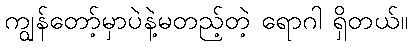
ကျွန်တော့်မှာပဲနဲ့မတည့်တဲ့ ရောဂါ ရှိတယ်။